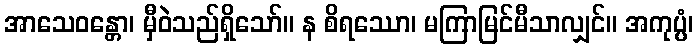
အာသေဝန္တော၊ မှီဝဲသည်ရှိသော်။ န စိရဿော၊ မကြာမြင်မီသာလျှင်။ အကုပ္ပံ၊